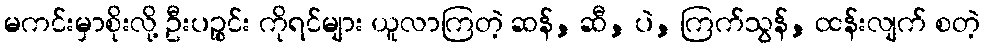
မကင်းမှာစိုးလို့ ဦးပဉ္စင်း ကိုရင်များ ယူလာကြတဲ့ ဆန်, ဆီ, ပဲ, ကြက်သွန်, ထန်းလျက် စတဲ့